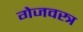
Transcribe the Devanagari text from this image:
गेजवस्त्र